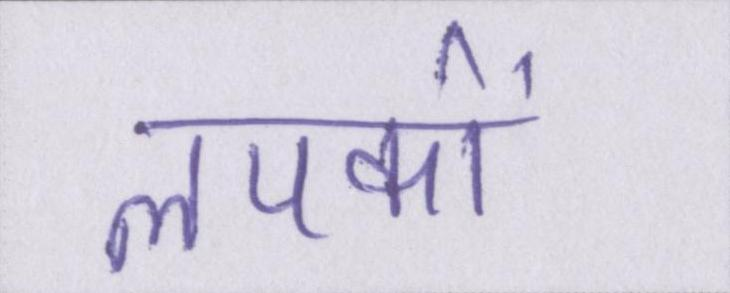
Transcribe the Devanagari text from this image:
लपकाें